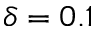
\delta = 0 . 1